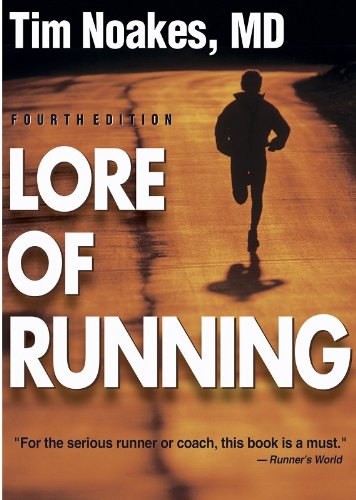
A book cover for Lore of Running, 4th Edition; Timothy Noakes; Health, Fitness & Dieting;